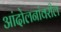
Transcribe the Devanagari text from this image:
आंदोलनांवरील